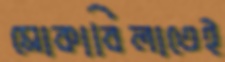
মোকাবিলাতেই